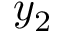
y _ { 2 }